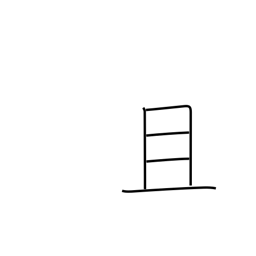
Meaning: moreover